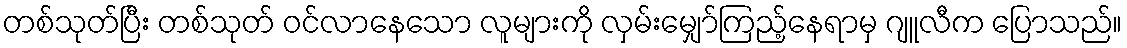
တစ်သုတ်ပြီး တစ်သုတ် ဝင်လာနေသော လူများကို လှမ်းမျှော်ကြည့်နေရာမှ ဂျူလီက ပြောသည်။